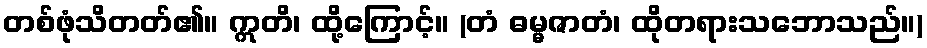
တစ်ဖုံသိတတ်၏။ ဣတိ၊ ထို့ကြောင့်။ (တံ ဓမ္မဇာတံ၊ ထိုတရားသဘောသည်။)